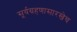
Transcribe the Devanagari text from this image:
सूर्यग्रहणासारखेच